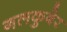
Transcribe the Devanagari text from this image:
नलकुबेर